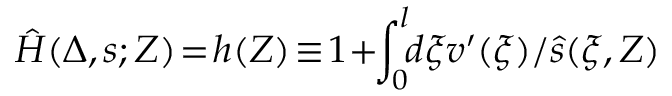
\hat { H } ( \Delta , s ; Z ) \! = \! h ( Z ) \! \equiv \! 1 \! + \! \! \int _ { 0 } ^ { l } \! \! d \xi v ^ { \prime } ( \xi ) / \hat { s } ( \xi , Z )